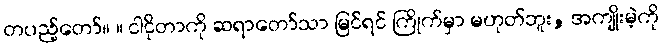
တပည့်တော်။ ။ ငါငိုတာကို ဆရာတော်သာ မြင်ရင် ကြိုက်မှာ မဟုတ်ဘူး, အကျိုးမဲ့ကို